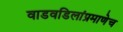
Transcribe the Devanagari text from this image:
वाडवडिलांप्रमाणेच